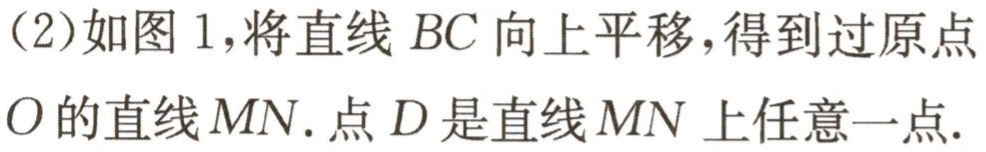
(2)如图 1,将直线 \(BC\)向上平移,得到过原点
\(O\)的直线 \(MN\).点 \(D\)是直线 \(MN\)上任意一点.